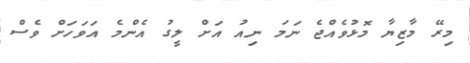
މިރޭ މާޒިޔާ މޮޅުވެއްޖެ ނަމަ ނިއު އަށް ލީގު އެންމެ އަވަހަށް ވެސް